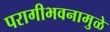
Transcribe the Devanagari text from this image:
परागीभवनामुळे